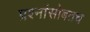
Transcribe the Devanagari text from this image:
प्रश्नांसोबतच